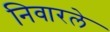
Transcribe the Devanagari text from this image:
निवारले